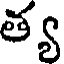
త్య